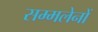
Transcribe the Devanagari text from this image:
सम्मलेनों